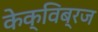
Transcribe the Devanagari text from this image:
केक्विब्रज